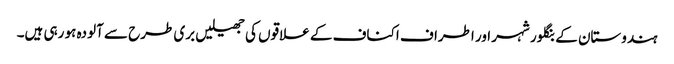
ہندوستان کے بنگلور شہر اور اطراف اکناف کے علاقوں کی جھیلیں بری طرح سے آلودہ ہو رہی ہیں۔